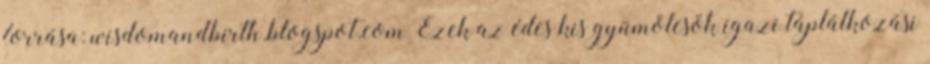
forrása: wisdomandbirth.blogspot.com Ezek az édes kis gyümölcsök igazi táplálkozási